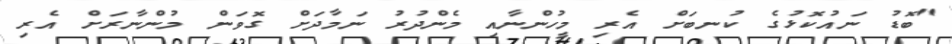
"ބޮޑު ނައުކޮޅުގެ ކުނބަށް އެރި މީހުންނާއި މެންދުރު ނަމާދަށް ގޮވަން މުންނާރަށް އެރި